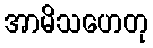
အာမိသဟေတု